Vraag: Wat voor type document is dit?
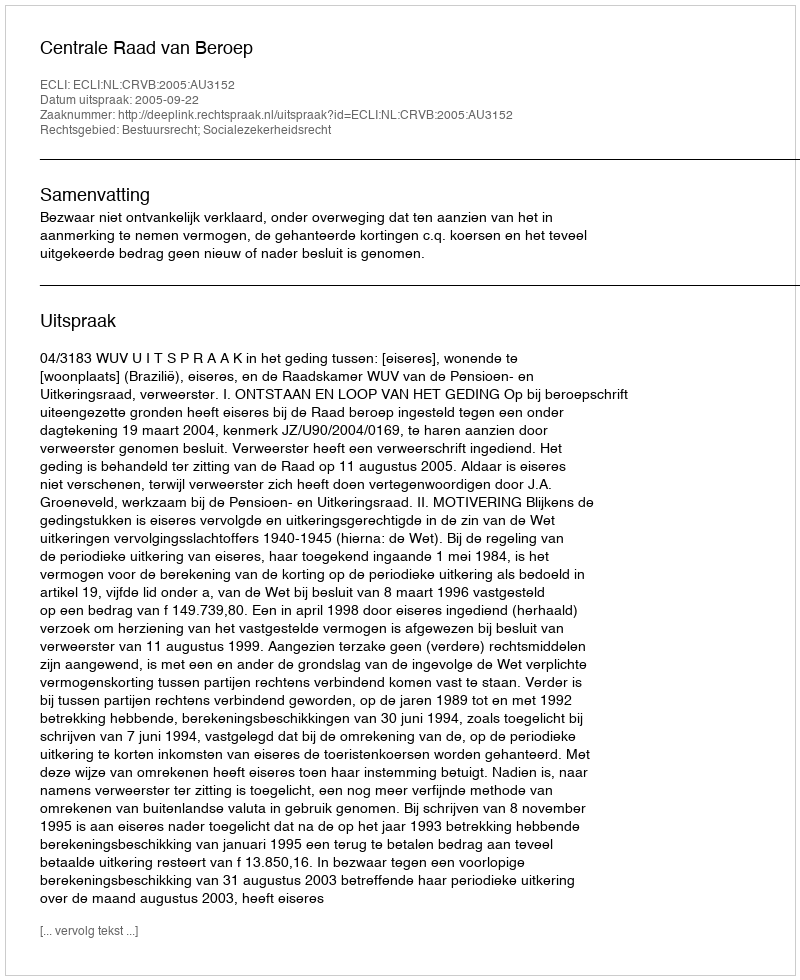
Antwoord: Uitspraak